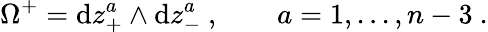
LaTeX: \Omega^{+}=\mathrm{d}z_{+}^{a}\wedge\mathrm{d}z_{-}^{a}\ ,\qquad a=1,...,n-3\ .